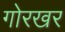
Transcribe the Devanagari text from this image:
गोरखर